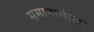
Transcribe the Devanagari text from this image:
समानानंतर